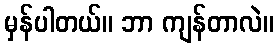
မှန်ပါတယ်။ ဘာ ကျန်တာလဲ။